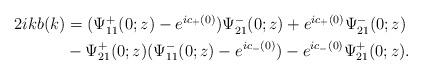
LaTeX: \begin{align*}\begin{aligned}2ikb(k)&=(\Psi^+_{11}(0 ;z)-e^{ic_+(0)}) \Psi^-_{21}(0;z)+e^{ic_+(0)}\Psi^-_{21}(0;z)\\&-\Psi^+_{21}(0;z) (\Psi^-_{11}(0;z)-e^{ic_-(0)})-e^{ic_-(0)}\Psi^+_{21}(0;z).\end{aligned}\end{align*}